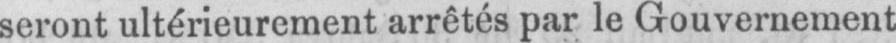
seront ultérieurement arrêtés par le Gouvernement